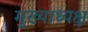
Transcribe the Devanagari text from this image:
मुख्याध्यक्ष